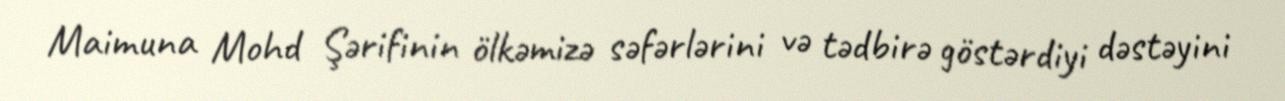
Maimuna Mohd Şərifinin ölkəmizə səfərlərini və tədbirə göstərdiyi dəstəyini